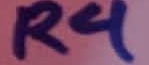
Text: R4